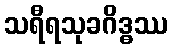
သရီရသုခဂိဒ္ဓဿ